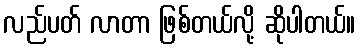
လည်ပတ် လာတာ ဖြစ်တယ်လို့ ဆိုပါတယ်။